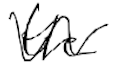
Text: the
Cross-out: wave
Writing tool: digital_black